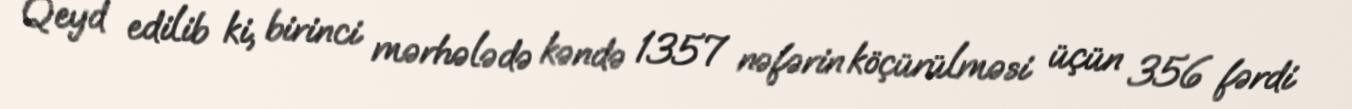
Qeyd edilib ki, birinci mərhələdə kəndə 1357 nəfərin köçürülməsi üçün 356 fərdi